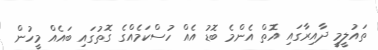
ތައުލީމީ ދާއިރާގައި އޮތް އެންމެ ބޮޑު އެއް ހުސްކަމެއްގެ ގޮތުގައި ބައެއް މީހުން